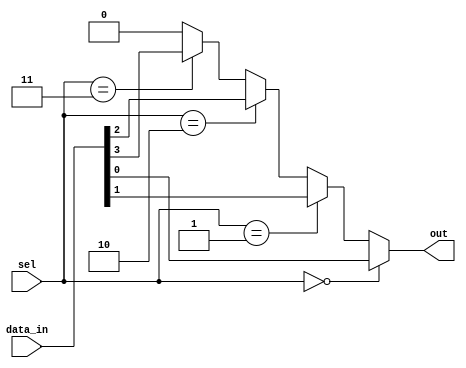
module mux4to1 (
    input wire [3:0] data_in,  // 4-bit input data
    input wire [1:0] sel,       // 2-bit select signal
    output wire out             // Output signal
);

// Continuous assignment for the output based on the select signal
assign out = (sel == 2'b00) ? data_in[0] :
             (sel == 2'b01) ? data_in[1] :
             (sel == 2'b10) ? data_in[2] :
             (sel == 2'b11) ? data_in[3] : 1'b0; // Default case

endmodule